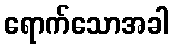
ရောက်သောအခါ